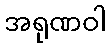
အရုဏဝါ